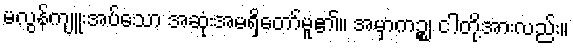
မလွန်ကျူးအပ်သော အဆုံးအမရှိတော်မူ၏။ အမှာကဉ္စ၊ ငါတို့အားလည်း။